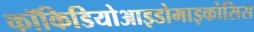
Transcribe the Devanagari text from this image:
कॉकिडियोआइडोमाइकोसिस